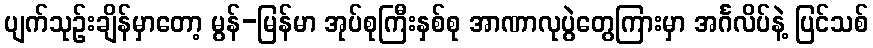
ပျက်သုဉ်းချိန်မှာတော့ မွန်-မြန်မာ အုပ်စုကြီးနှစ်စု အာဏာလုပွဲတွေကြားမှာ အင်္ဂလိပ်နဲ့ ပြင်သစ်